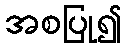
အစပြု၍